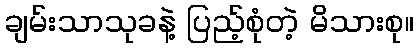
ချမ်းသာသုခနဲ့ ပြည့်စုံတဲ့ မိသားစု။